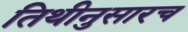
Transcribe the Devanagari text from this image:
तिथीनुसारच